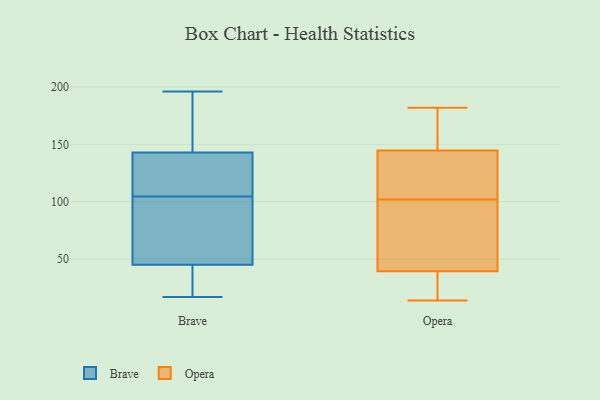
{"axis": {"x": "Shipments", "y": "Value"}, "legend": ["Brave", "Opera"], "data": [{"x": "", "y": 196, "type": "Brave"}, {"x": "", "y": 17, "type": "Brave"}, {"x": "", "y": 143, "type": "Brave"}, {"x": "", "y": 45, "type": "Brave"}, {"x": "", "y": 49, "type": "Brave"}, {"x": "", "y": 170, "type": "Brave"}, {"x": "", "y": 29, "type": "Brave"}, {"x": "", "y": 38, "type": "Brave"}, {"x": "", "y": 194, "type": "Brave"}, {"x": "", "y": 136, "type": "Brave"}, {"x": "", "y": 135, "type": "Brave"}, {"x": "", "y": 104, "type": "Brave"}, {"x": "", "y": 108, "type": "Brave"}, {"x": "", "y": 105, "type": "Brave"}, {"x": "", "y": 34, "type": "Brave"}, {"x": "", "y": 52, "type": "Brave"}, {"x": "", "y": 92, "type": "Brave"}, {"x": "", "y": 153, "type": "Brave"}, {"x": "", "y": 52, "type": "Opera"}, {"x": "", "y": 118, "type": "Opera"}, {"x": "", "y": 18, "type": "Opera"}, {"x": "", "y": 26, "type": "Opera"}, {"x": "", "y": 37, "type": "Opera"}, {"x": "", "y": 35, "type": "Opera"}, {"x": "", "y": 102, "type": "Opera"}, {"x": "", "y": 54, "type": "Opera"}, {"x": "", "y": 119, "type": "Opera"}, {"x": "", "y": 166, "type": "Opera"}, {"x": "", "y": 14, "type": "Opera"}, {"x": "", "y": 182, "type": "Opera"}, {"x": "", "y": 47, "type": "Opera"}, {"x": "", "y": 169, "type": "Opera"}, {"x": "", "y": 110, "type": "Opera"}, {"x": "", "y": 65, "type": "Opera"}, {"x": "", "y": 162, "type": "Opera"}, {"x": "", "y": 132, "type": "Opera"}, {"x": "", "y": 149, "type": "Opera"}]}